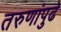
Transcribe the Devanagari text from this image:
तरुणांपुढे